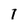
Character: 7